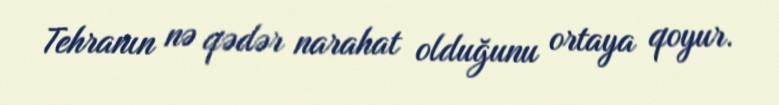
Tehranın nə qədər narahat olduğunu ortaya qoyur.